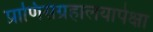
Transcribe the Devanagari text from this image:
प्राणिसंग्रहालयापेक्षा